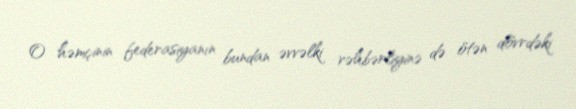
O həmçinin federasiyanın bundan əvvəlki rəhbərliyinə də ötən dövrdəki